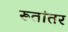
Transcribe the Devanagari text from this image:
रूतांतर